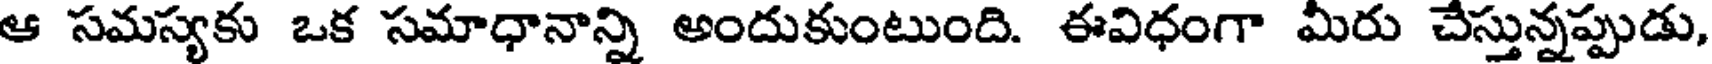
ఆ సమస్యకు ఒక సమాధానాన్ని అందుకుంటుంది. ఈవిధంగా మీరు చేస్తున్నప్పుడు,